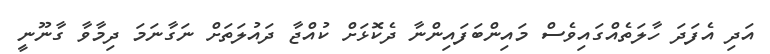
އަދި އެފަދަ ހާލަތެއްގައިވެސް މައިންބަފައިންނާ ދެކޮޅަށް ކުއްޖާ ދައުލަތަށް ނަގާނަމަ ދިމާވާ ގާނޫނީ